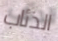
الذئاب